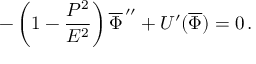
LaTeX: - \left( 1 - \frac { P ^ { 2 } } { E ^ { 2 } } \right) \overline { { { \Phi } } } ^ { \, \prime \prime } + U ^ { \prime } ( \overline { { { \Phi } } } ) = 0 \, .